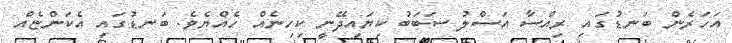
އަހަރެން ބަނޑުގައި ރިއްސާ އަސްލު ސަބަބު ކިޔައިދޭނީ ކިހިނެއް ހެއްޔެވެ. ބަނޑުގައި އެކަންޏެއް